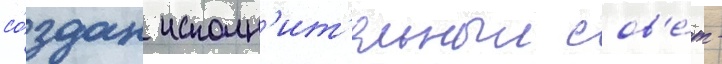
со́здан исполн'ит'ельныи сов'е́т -